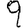
Digit: 9